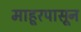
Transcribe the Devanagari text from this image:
माहूरपासून